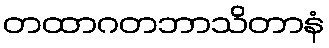
တထာဂတဘာသိတာနံ